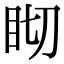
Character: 䀙